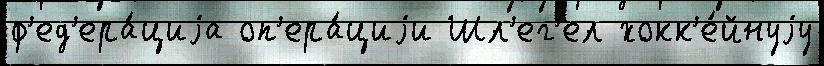
ф'ед'ера́циjа оп'ера́циjи Шл'ег'ел хокк'е́йнуjу